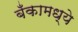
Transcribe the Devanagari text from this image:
बँकामध्ये